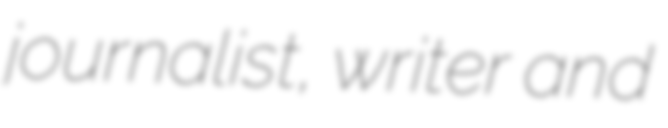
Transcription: journalist, writer and